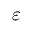
\varepsilon